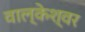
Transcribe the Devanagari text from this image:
वाल्केश्वर